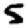
Digit: 5